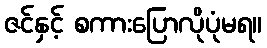
ဇင်နှင့် စကားပြောလိုပုံမရ။